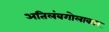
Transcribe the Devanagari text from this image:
अतिलंबगोलाकार